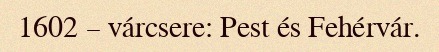
1602 – várcsere: Pest és Fehérvár.